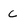
Character: C